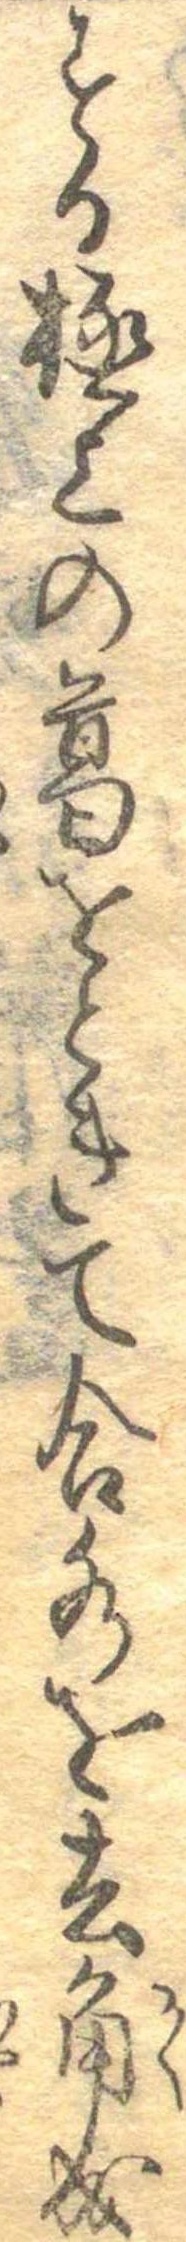
する極上の葛をときて合水を去角成